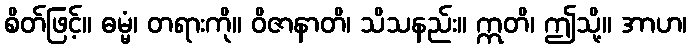
စိတ်ဖြင့်။ ဓမ္မံ၊ တရားကို။ ဝိဇာနာတိ၊ သိသနည်း။ ဣတိ၊ ဤသို့။ အာဟ၊